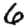
Digit: 6